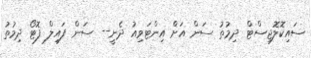
ސައިކޮލޮޖިސްޓް ދިމުތު ސަން އަށް އިންޓަވިއު ދެނީ-- ސަން ފައިލް ފޮޓޯ ދިމުތު